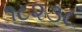
૧૮૨૩૮